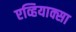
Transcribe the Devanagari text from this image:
एव्हियाक्सा